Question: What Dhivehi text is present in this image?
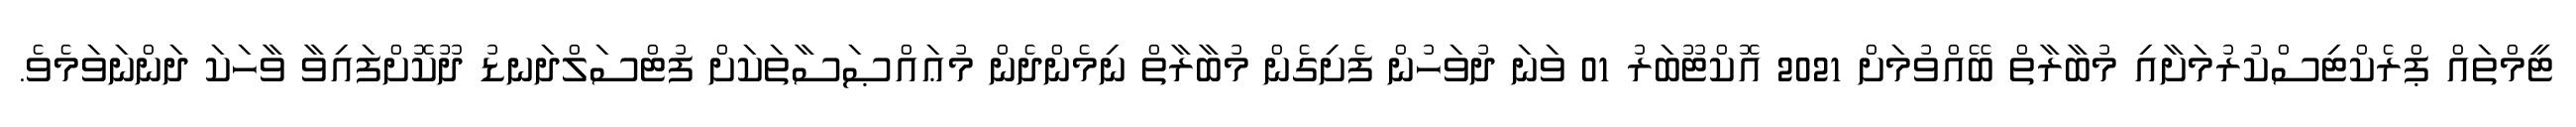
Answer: ޓީމްތައް ޕްރެކްޓިސްކުރުމަށާއި މުބާރާތް ބޭއްވުމަށް 2021 އޮކްޓޫބަރު 01 ވަނަ ދުވަހުން ފެށިގެން މުބާރާތް ނިމެންދެން މުޢައްޞަސާތަކަށް ފުޓްސަލްދަނޑު ދޫކޮށްފައިވާ ވާހަކަ ދަންނަވަމެވެ.